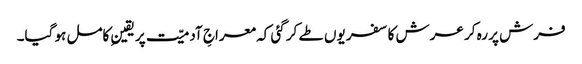
فرش پر رہ کر عرش کا سفر یوں طے کر گئی کہ معراجِ آدمیّت پر یقینِ کامل ہو گیا۔